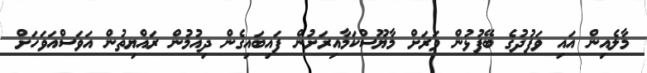
މާލެއިން އައި ވަފުދުގެ ބޭފުޅުން ވަރަށް މާޔޫސްކަމާއިރަށުން ފައިބައިގެން ދިއުމުން ރައްޔިތުން އަވަސްއަވަހަށް